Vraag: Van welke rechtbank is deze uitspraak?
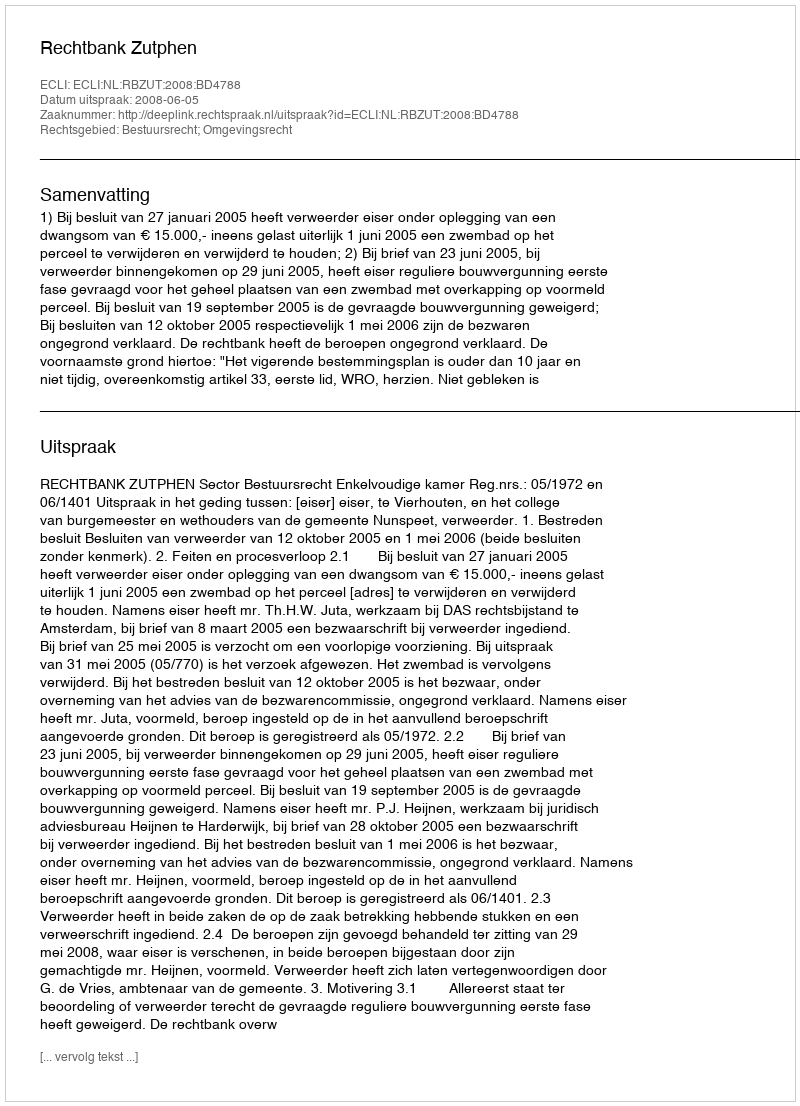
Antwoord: Rechtbank Zutphen